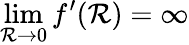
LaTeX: \operatorname*{lim}_{\mathcal{R}\to0}f^{\prime}(\mathcal{R})=\infty